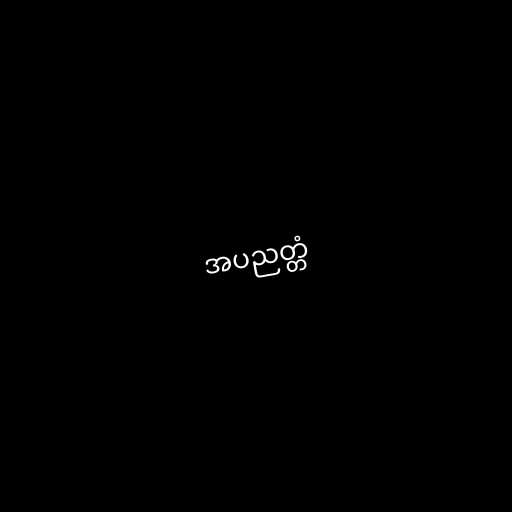
အပညတ္တံ